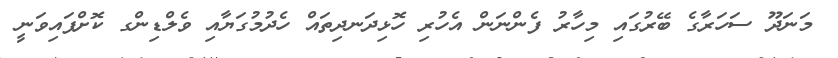
މަނަދޫ ސަހަރާގެ ބޭރުގައި މިހާރު ފެންނަން އެހުރި ހޮޅިދަނދިތައް ހެދުމުގަޔާއި ވެލްޑިންގ ކޮށްފައިވަނީ